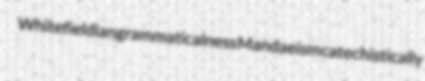
Whitefieldian grammaticalness Mandaeism catechistically